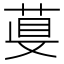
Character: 𦴁